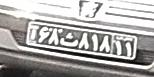
۶۸ث۸۱۸۱۱